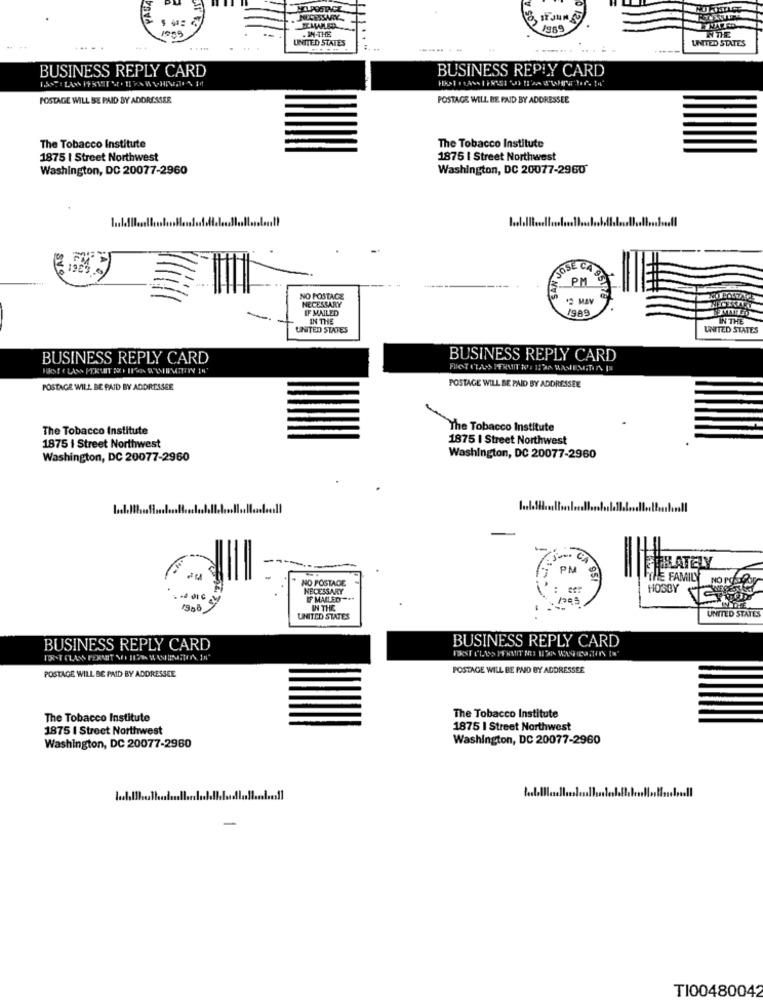
NECESSARY
IH-THE
1989
NTE
UNITED STATES
UNITED STATES
......
BUSINESS REPLY CARD
BUSINESS REPLY CARD
POSTAGE WILL BE PAID BY ADDRESSER
POSTAGE WILL BE PAID BY ADDRESSEE
The Tobacco Institute
The Tobacco Institute
1875 | Street Northwest
1875 | Street Northwest
Washington, DC 20077-2960
Washington, DC 20077-2960
JOSE CA
PM
NO POSTACE
NECESSARY
12 MAV
IF MAILED
/989
IN THE
IN THE
UNITED STATES
UNITED STATES
BUSINESS REPLY CARD
BUSINESS REPLY CARD
FIRST CLASS PERMIT BOD HIS SESIMITTIN 14
POSTAGE WILL BE PAID BY ADDRESSEE
POSTAGE WILL BE PAID BY ADDRESSEE
The Tobacco Institute
The Tobacco Institute
1875 I Street Northwest
1875 | Street Northwest
Washington, DC 20077-2960
Washington, DC 20077-2960
PM
PERATELY
NO POSTAGE
THE FAMILY
NO Pose
NECESSARY
HOSBY
IF MAILED **
IN THE
UNITED STATES
UNITED STATES
BUSINESS REPLY CARD
BUSINESS REPLY CARD
POSTAGE WILL BE PAID BY ADDRESSEE
POSTAGE WILL BE PAID BY ADDRESSEE
The Tobacco Institute
The Tobacco Institute
1875 | Street Northwest
1875 I Street Northwest
Washington, DC 20077-2960
Washington, DC 20077-2960
-
TI00480042